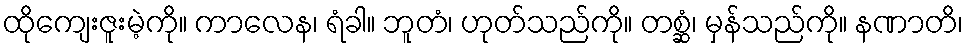
ထိုကျေးဇူးမဲ့ကို။ ကာလေန၊ ရံခါ။ ဘူတံ၊ ဟုတ်သည်ကို။ တစ္ဆံ၊ မှန်သည်ကို။ နဏာတိ၊